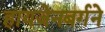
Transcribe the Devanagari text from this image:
हायजेनबर्गने